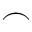
\frown